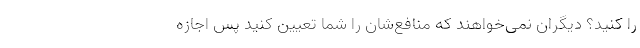
را کنید؟ دیگران نمی‌خواهند که منافع‌شان را شما تعیین کنید پس اجازه